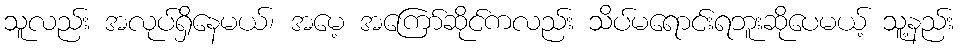
သူလည်း အလုပ်ရှိနေမယ်၊ အမေ့ အကြော်ဆိုင်ကလည်း သိပ်မရောင်းရဘူးဆိုပေမယ့် သူ့နည်း